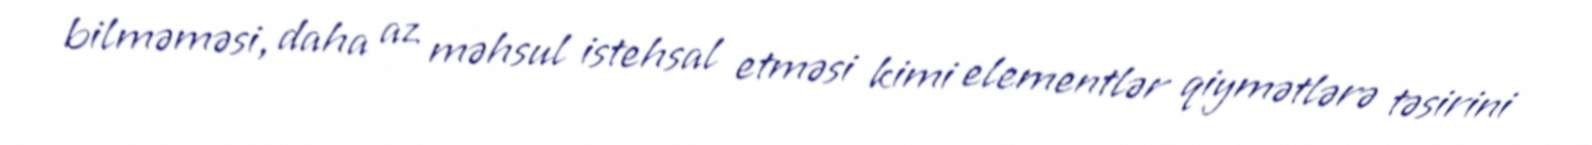
bilməməsi, daha az məhsul istehsal etməsi kimi elementlər qiymətlərə təsirini